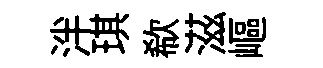
泮琪欷滋嶇